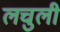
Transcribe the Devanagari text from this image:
लचुली